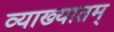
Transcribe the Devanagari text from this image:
व्याख्यातम्